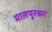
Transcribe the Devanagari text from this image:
मालपूरकर